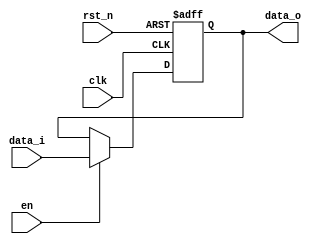
module fifo 
#( parameter FIFO_WIDTH = 8) ( /*AUTOARG*/
   // Outputs
   data_o,
   // Inputs
   clk, rst_n, en, data_i
   ) ;
   input  clk;
   input  rst_n;
   input  en;

   input [FIFO_WIDTH-1:0]  data_i;
   output [FIFO_WIDTH-1:0]  data_o;

   reg [FIFO_WIDTH-1:0] data_o;

   always @(posedge clk or negedge rst_n)begin
      if(!rst_n) begin
         data_o <= 'b0;
      end else begin
         if(en) begin
            data_o <= data_i;
         end 
      end
   end

endmodule